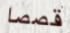
قصصا